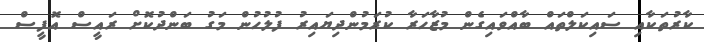
ކާރުތަކާއި ސައިކަލްތައް ބާއްވައިގެން މުޒާހަރާ ކުރަމުންދިޔައިރު ފުލުހުން މަގު ބަންދުކޮށް ރައީސް އޮފީސް